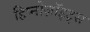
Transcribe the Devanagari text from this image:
हिप्नोज़ॉइट्स